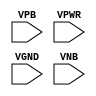
module sky130_fd_sc_ls__fill_diode (
    //# {{power|Power}}
    input VPB ,
    input VPWR,
    input VGND,
    input VNB
);
endmodule